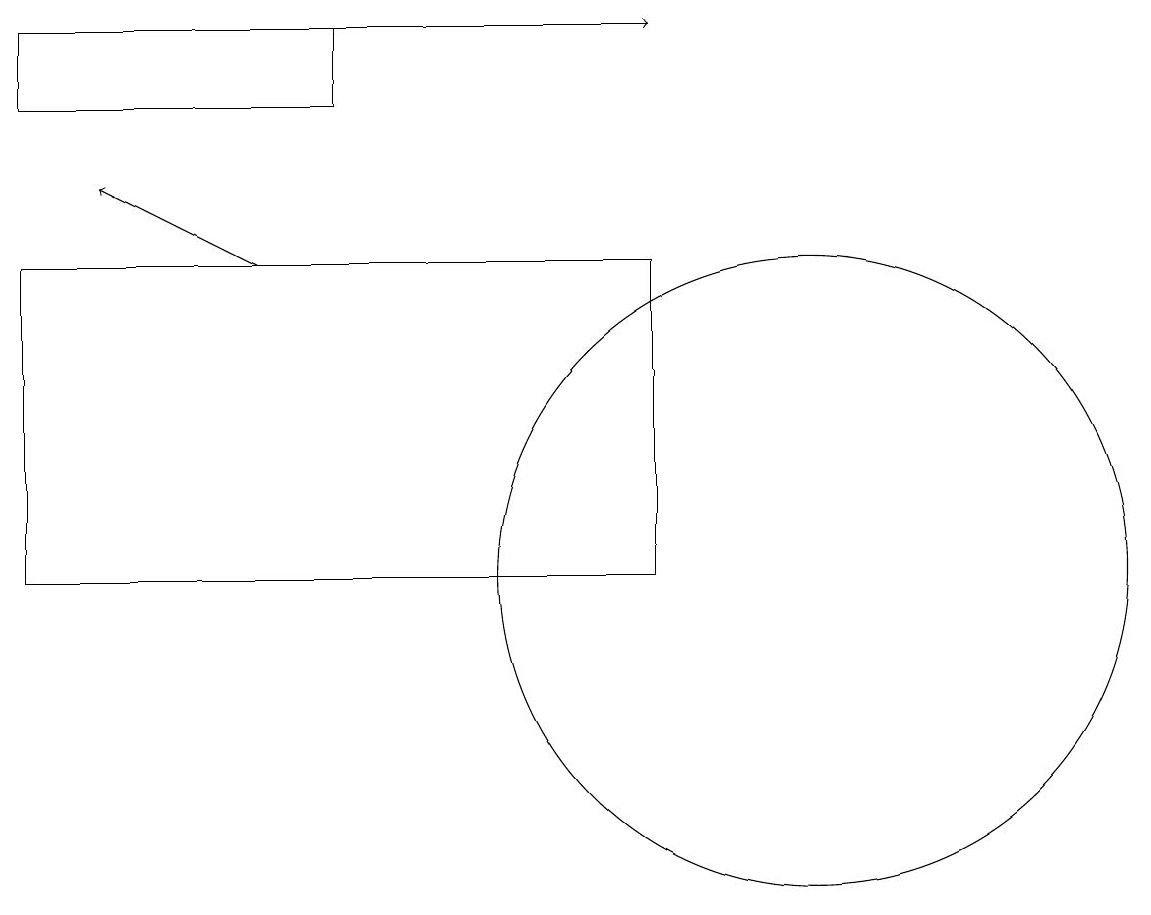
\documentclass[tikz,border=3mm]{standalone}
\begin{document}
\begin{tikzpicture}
\draw (1,17) rectangle (5,18);
\draw (11,11) circle (4);
\draw[->] (3,18) -- (9,18);
\draw (9,11) rectangle (1,15);
\draw[->] (4,15) -- (2,16);
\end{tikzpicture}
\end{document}